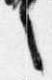
言